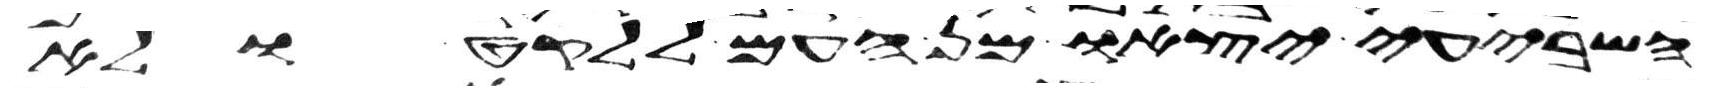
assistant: השביעי יצאו מן העם ללקט ולא